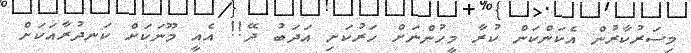
މިސަރުކާރުން އެކަންކަން ކުރާ މީހުންނަށް ހަރުކަށި އަދަބު ދޭ!! އެއީ މޫނަކަށް ކަނދުރާއަކަށް